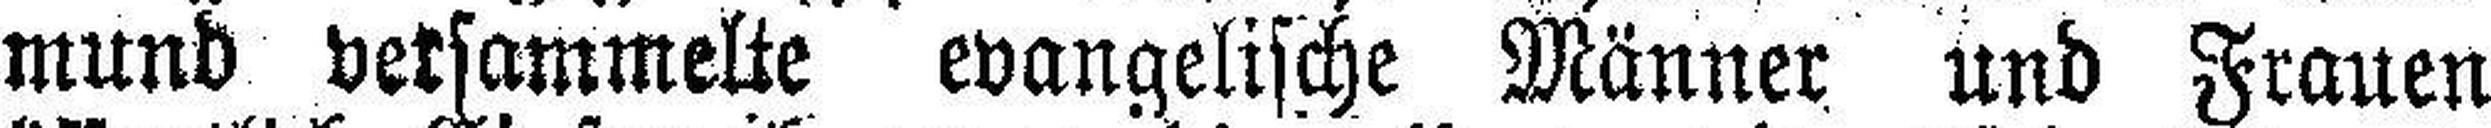
mund versammelte evangelische Männer und Frauen